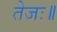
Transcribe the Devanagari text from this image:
तेजः॥